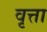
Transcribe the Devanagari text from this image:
वृत्ता